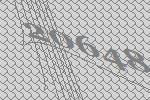
20648